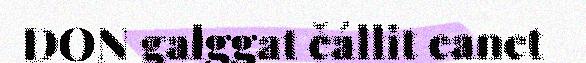
DON galggat čállit eanet